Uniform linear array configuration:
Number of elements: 8
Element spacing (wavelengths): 1
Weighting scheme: cosine
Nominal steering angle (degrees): -60
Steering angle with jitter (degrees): -60.635
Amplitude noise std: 0.05
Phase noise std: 0.05

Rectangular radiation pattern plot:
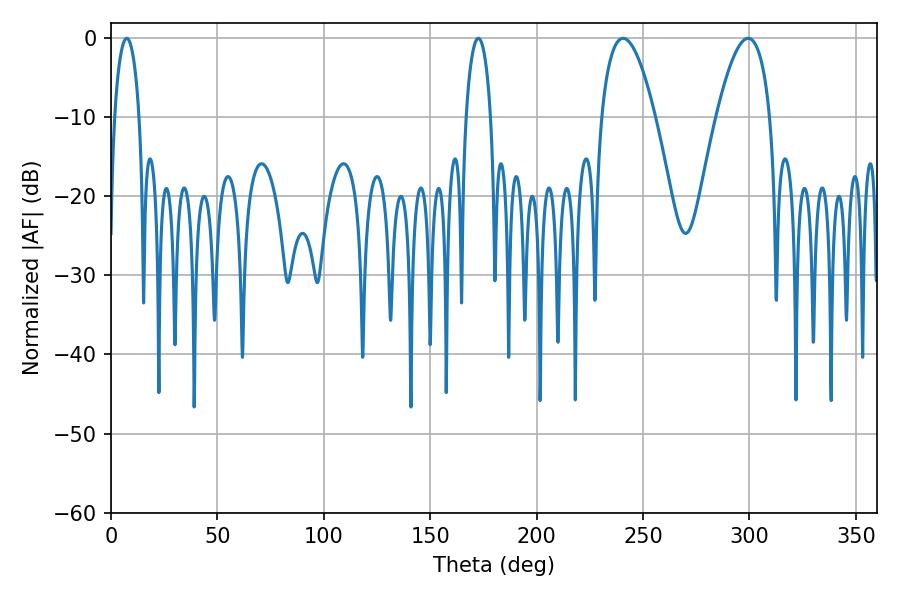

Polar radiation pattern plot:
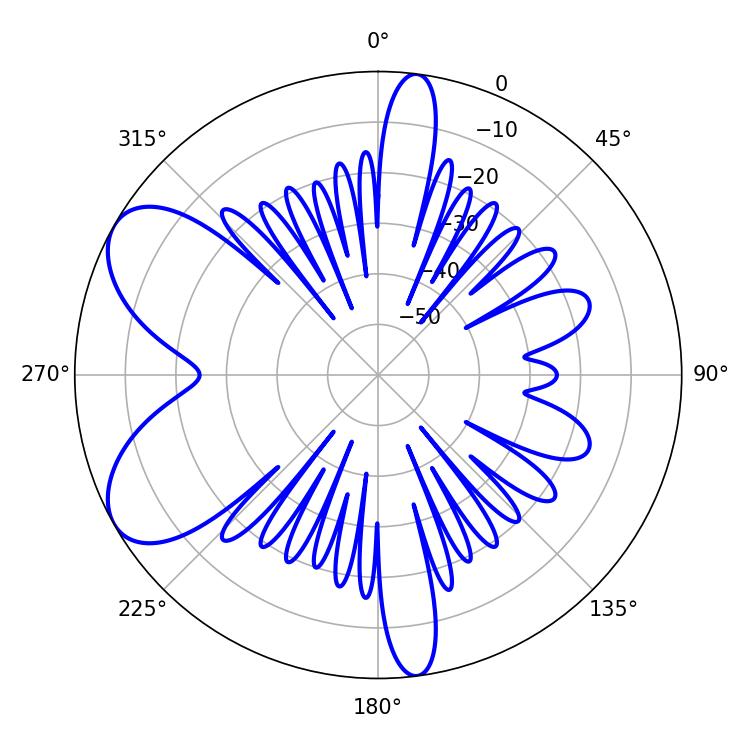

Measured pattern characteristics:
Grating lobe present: TRUE
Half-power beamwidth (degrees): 6.66
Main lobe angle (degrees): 7.38